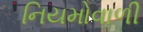
નિયમોવાળી